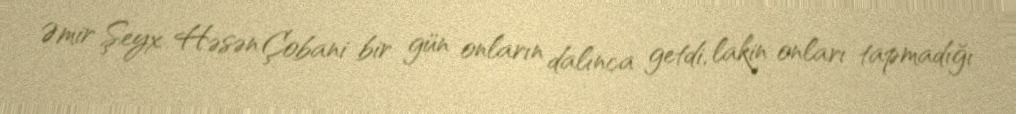
Əmir Şeyx Həsən Çobani bir gün onların dalınca getdi, lakin onları tapmadığı